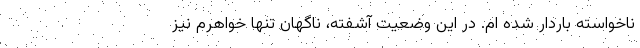
ناخواسته باردار شده ام. در این وضعیت آشفته، ناگهان تنها خواهرم نیز